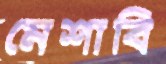
মেশাবি